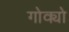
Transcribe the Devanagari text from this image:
गोक्यो